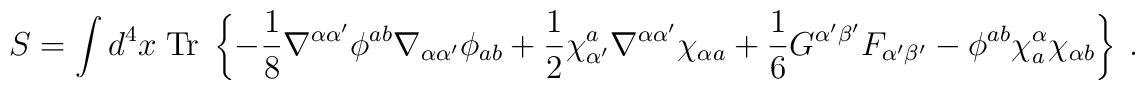
S = \int d^4x \; \mbox{Tr}\;\left\{ -{1\over 8} \nabla^{\alpha\alpha'}\phi^{ab}\nabla_{\alpha\alpha'} \phi_{ ab} +{1\over 2} \chi^a_{\alpha'}\nabla^{\alpha\alpha'}\chi_{\alpha a} + {1\over 6} G^{\alpha'\beta'} F_{\alpha'\beta'} - \phi^{ab} \chi^\alpha_a \chi_{\alpha b}\right\} \ .